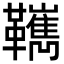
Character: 𩍺